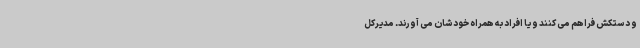
و دستکش فراهم می کنند و یا افراد به همراه خودشان می آورند. مدیرکل